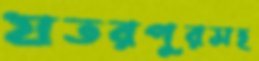
যতরপুরসহ